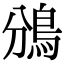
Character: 鳻